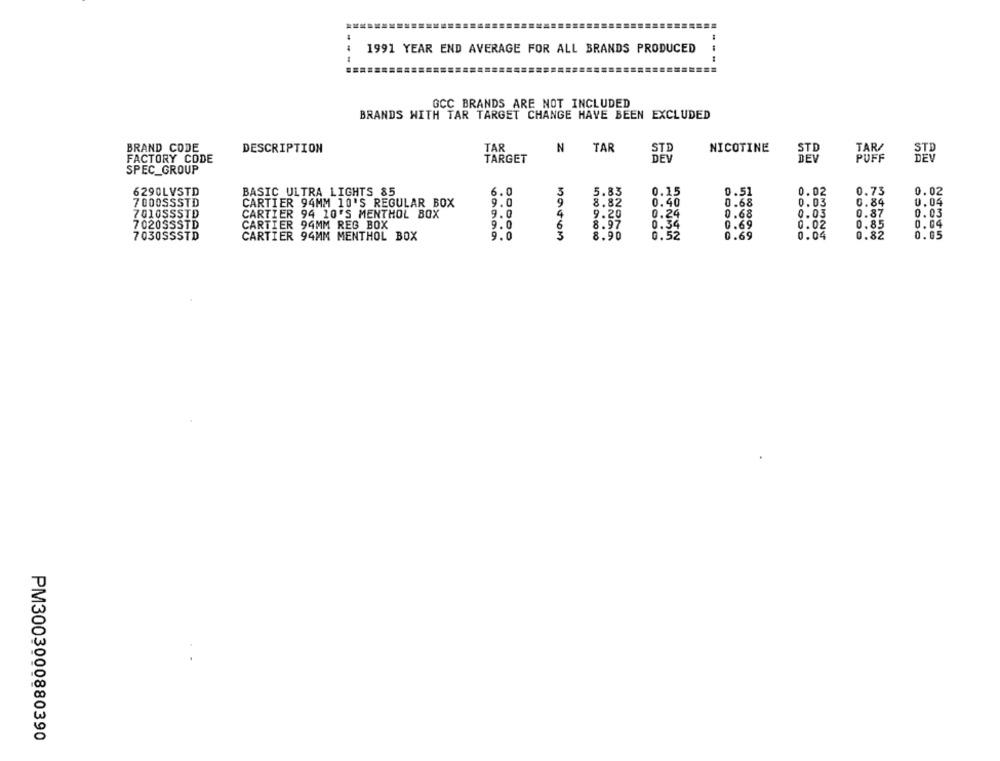
1991 YEAR END AVERAGE FOR ALL BRANDS PRODUCED
GCC BRANDS ARE NOT INCLUDED
BRANDS WITH TAR TARGET CHANGE HAVE BEEN EXCLUDED
BRAND CODE
DESCRIPTION
TAR
N
TAR
STE
NICOTINE
STD
STD
FACTORY CODE
TARGET
DEV
PUFF
SPEC_GROUP
6.0
5.83
0.15
0.51
0.02
6290LVSTD
BASIC ULTRA LIGHTS 85
5
0.02
0.73
7 00OSSSTD
CARTIER 94MM 10'S REGULAR BOX
9.0
8.82
0.40
0.68
0.03
0.84
0.04
7010SSSTD
CARTIER 94 10'S MENTHOL BOX
9.0
9.20
0.24
0.68
0.03
0.87
0.03
4
7020SSSTD
CARTIER 94MM REG BOX
9.0
8.97
0.34
0.69
0.02
0.85
0.04
7030SSSTD
9.0
8.90
0.52
0.69
0.04
0.82
0.05
CARTIER 94MM MENTHOL BOX
PM3003000880390